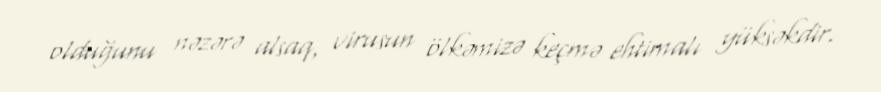
olduğunu nəzərə alsaq, virusun ölkəmizə keçmə ehtimalı yüksəkdir.